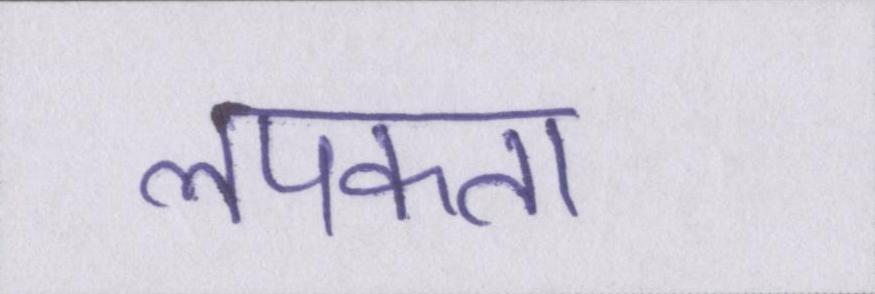
लपकता